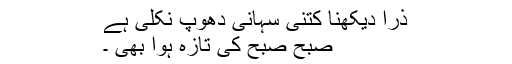
ذرا دیکھنا کتنی سہانی دھوپ نکلی ہے
صبح صبح کی تازہ ہوا بھی ۔